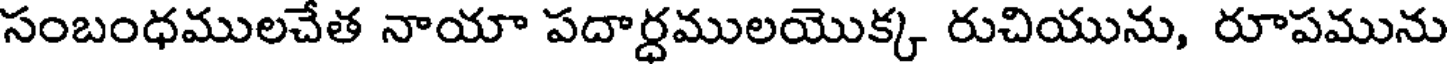
సంబంధములచేత నాయా పదార్ధములయొక్క రుచియును, రూపమును